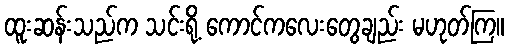
ထူးဆန်းသည်က သင်းရို့ ကောင်ကလေးတွေချည်း မဟုတ်ကြ။